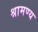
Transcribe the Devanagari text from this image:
श्रामण्य